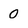
Character: 0